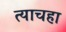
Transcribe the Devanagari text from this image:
त्याचहा